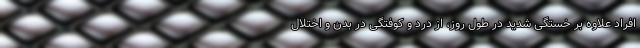
افراد علاوه بر خستگی شدید در طول روز، از درد و کوفتگی در بدن و اختلال